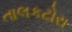
તાલકટોરા